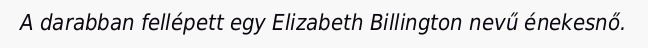
A darabban fellépett egy Elizabeth Billington nevű énekesnő.